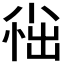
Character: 𫵀